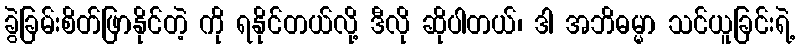
ခွဲခြမ်းစိတ်ဖြာနိုင်တဲ့ ကို ရနိုင်တယ်လို့ ဒီလို ဆိုပါတယ်၊ ဒါ အဘိဓမ္မာ သင်ယူခြင်းရဲ့